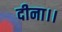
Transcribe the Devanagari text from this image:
दीना।।